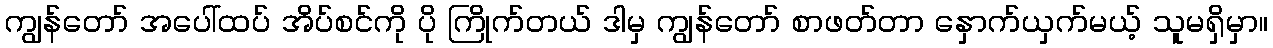
ကျွန်တော် အပေါ်ထပ် အိပ်စင်ကို ပို ကြိုက်တယ် ဒါမှ ကျွန်တော် စာဖတ်တာ နှောက်ယှက်မယ့် သူမရှိမှာ။